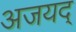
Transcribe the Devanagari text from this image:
अजयद्